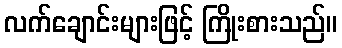
လက်ချောင်းများဖြင့် ကြိုးစားသည်။